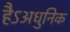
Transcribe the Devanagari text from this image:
हैऽअधुनिक